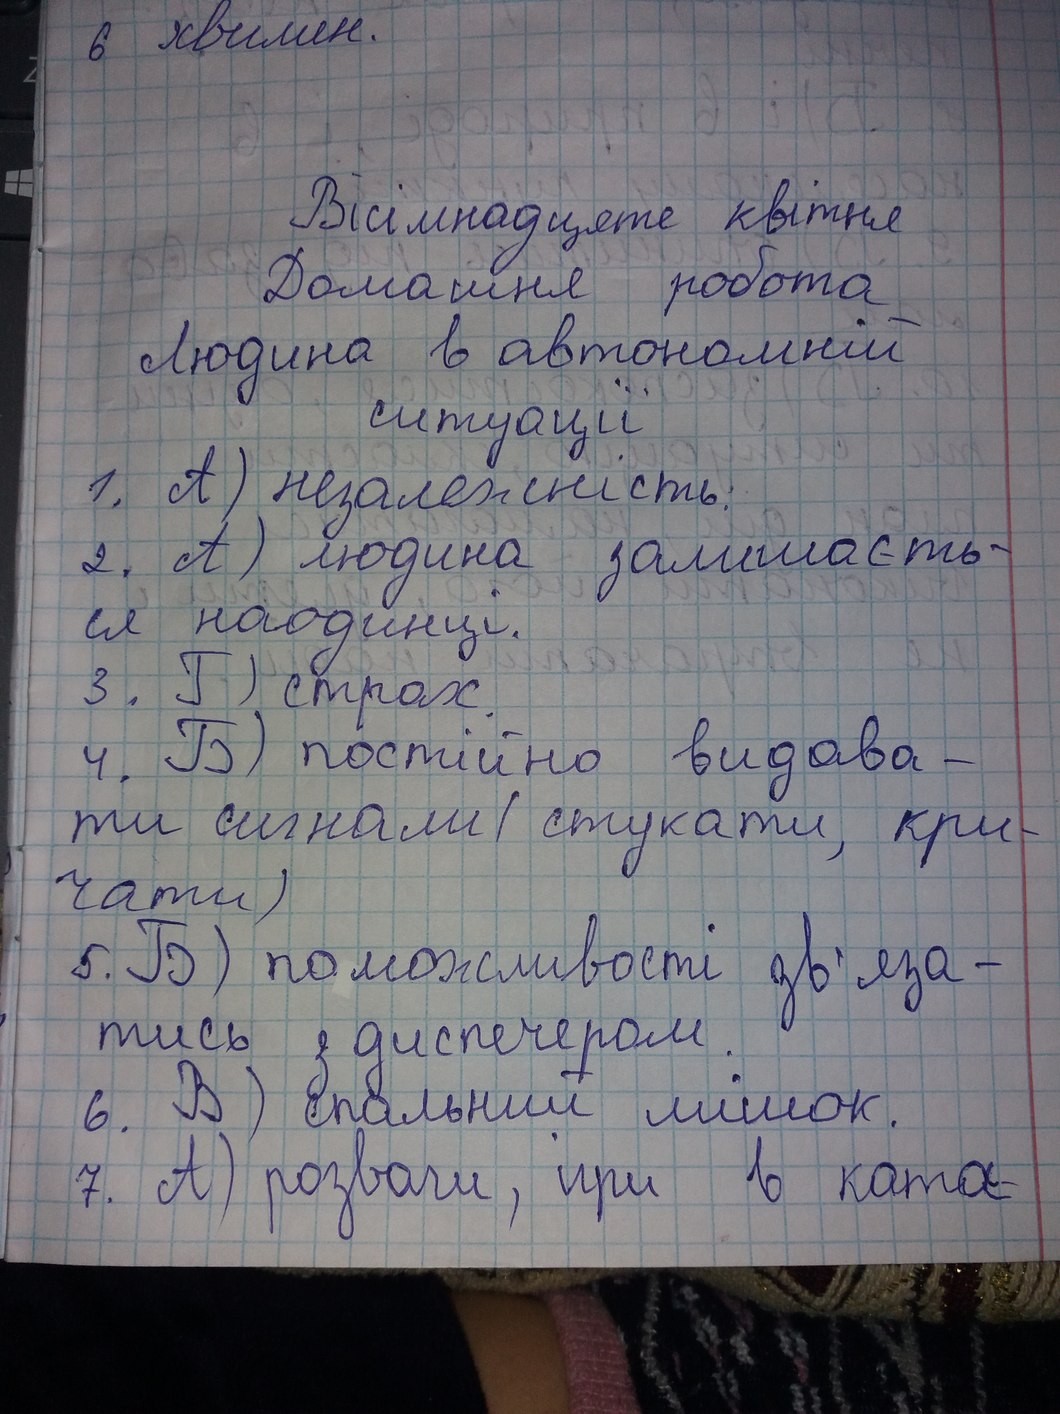
6 хвилин.
Вісімнадцяте квітня
Домашня робота
Людина в автономній
ситуації
1. А) незалежність.
2. А) людина залишаєть-
ся наодинці.
3. Г) страх.
4. Б) постійно видава-
ти сигнали (стукати, кри-
чати)
5. Б) по можливості зв'яза-
тись з диспетчером.
6. В) Спальний мішок.
7. А) розваги, при в ката-